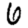
Digit: 6